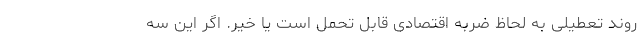
روند تعطیلی به لحاظ ضربه اقتصادی قابل تحمل است یا خیر. اگر این سه